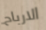
الارباح